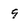
Character: 9